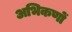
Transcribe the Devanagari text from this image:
अभिकणों